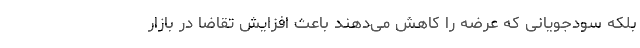
بلکه سودجویانی که عرضه را کاهش می‌دهند باعث افزایش تقاضا در بازار